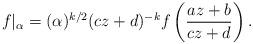
LaTeX: \begin{align*}f|_{\alpha} = ( \alpha)^{k/2} (cz+d)^{-k} f \left(\frac{az+b}{cz+d} \right).\end{align*}